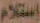
إستلام